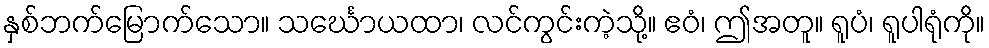
နှစ်ဘက်မြောက်သော။ သင်္ဃောယထာ၊ လင်ကွင်းကဲ့သို့။ ဧဝံ၊ ဤအတူ။ ရူပံ၊ ရူပါရုံကို။